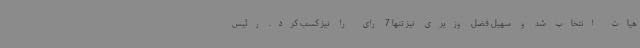
هیات انتخاب شد و سهیل فضل وزیری نیز تنها 7 رای را نیز کسب کرد. رئیس